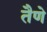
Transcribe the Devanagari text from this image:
तैणे